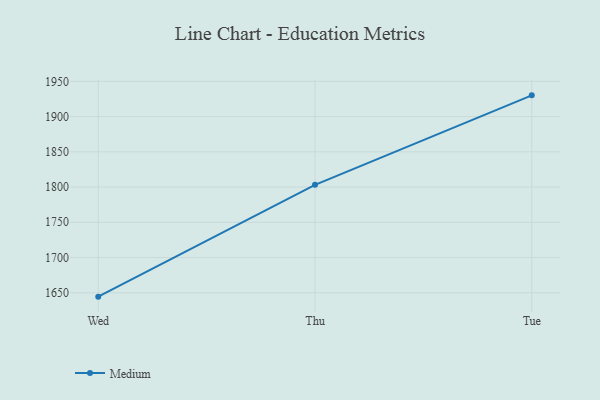
{"axis": {"x": "Day", "y": "Energy Usage (MWh)"}, "legend": ["Medium"], "data": [{"x": "Wed", "y": 1644.5, "type": "Medium"}, {"x": "Thu", "y": 1803.1, "type": "Medium"}, {"x": "Tue", "y": 1930.1, "type": "Medium"}]}